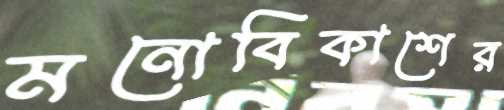
মনোবিকাশের